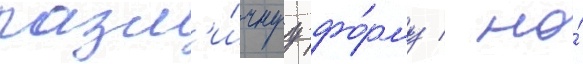
разл'и́чнуу фо́рму / но́